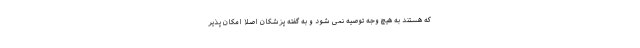
که هستند به هیچ وجه توصیه نمی شود و به گفته پزشکان اصلاً امکان پذیر